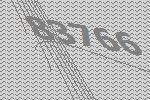
83766